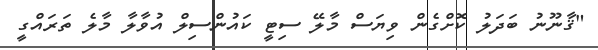
"ޤާނޫނު ބަދަލު ކޮށްގެން ވިޔަސް މާލޭ ސިޓީ ކައުންސިލް އުވާލާ މާލެ ތަރައްގީ